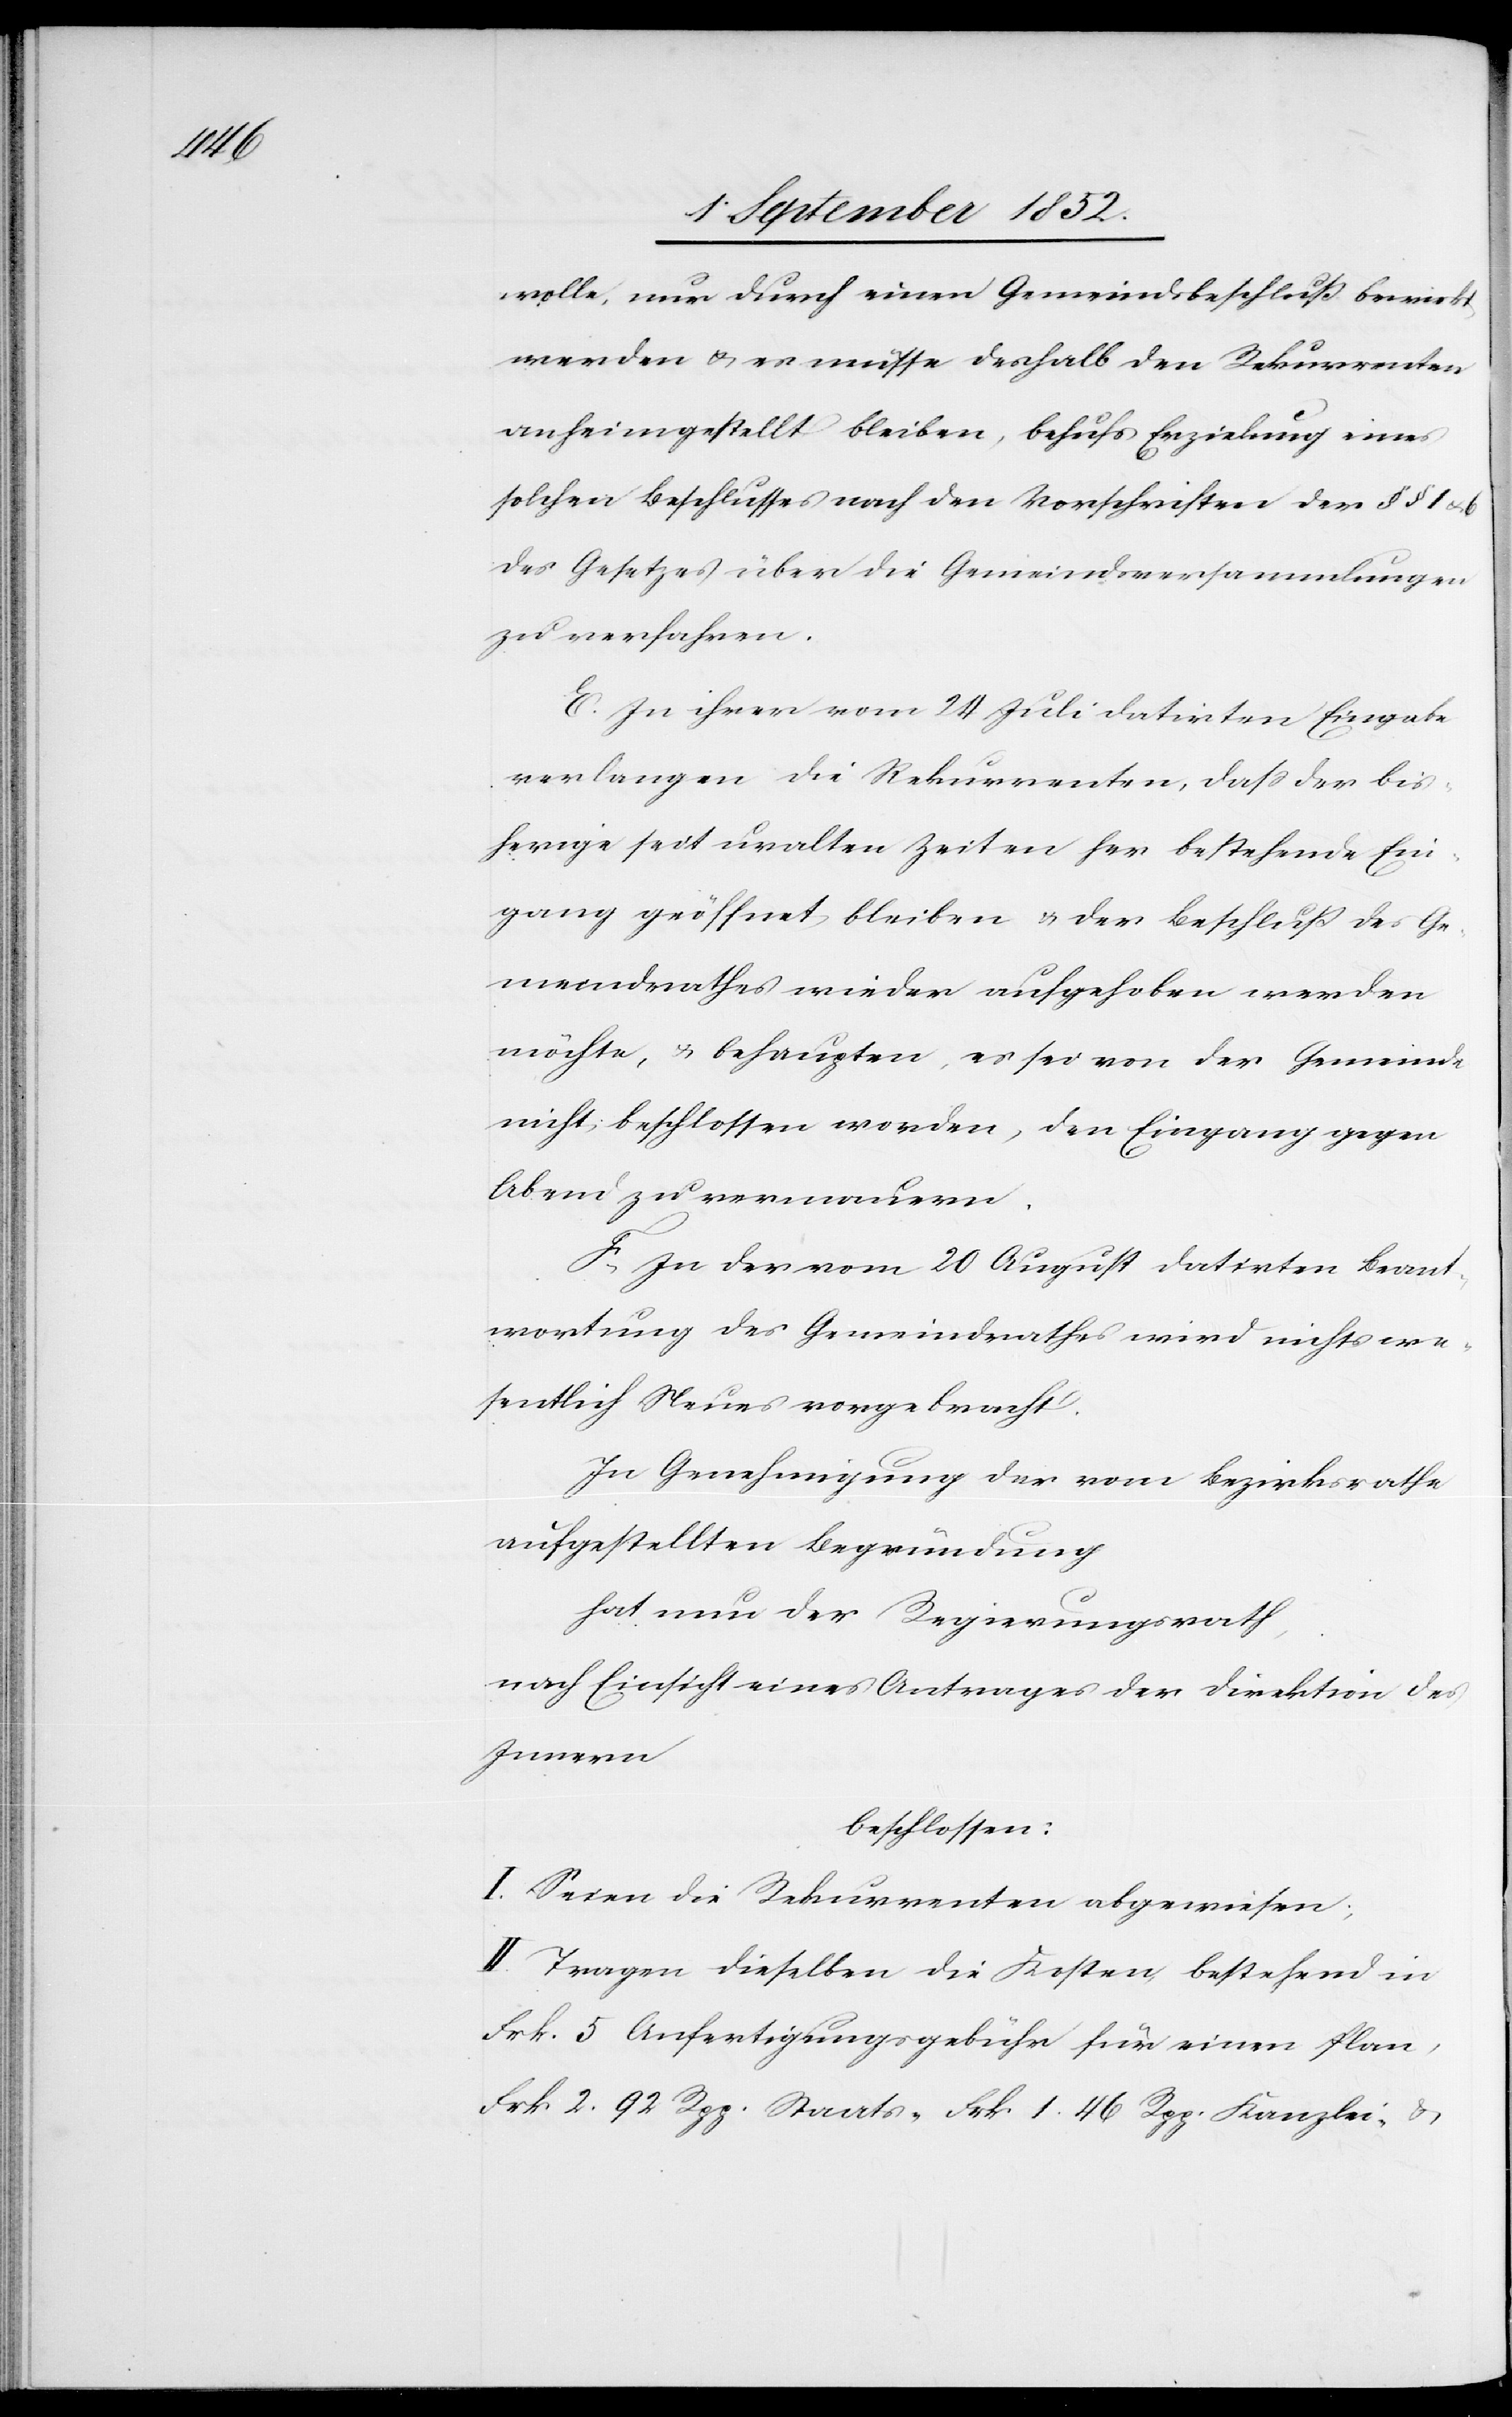
wolle, nur durch einen Gemeindsbeschluß bewirkt
werden & es müsse deshalb den Rekurrenten
anheimgestellt bleiben, behufs Erzielung eines
solchen Beschlusses nach den Vorschriften der § § 1 &
des Gesetzes über die Gemeindsversammlungen
zu verfahren.
E. In ihrer vom 24 Juli datirten Eingabe
verlangen die Rekurrenten, dass der bis¬
herige seit uralten Zeiten her bestehende Ein¬
gang geöffnet bleiben & der Beschluß des Ge¬
meindrathes wieder aufgehoben werden
möchte, & behaupten, es sei von der Gemeinde
nicht beschlossen worden, den Eingang gegen
Abend zu vermauern.
F, In der vom 20 August datirten Beant¬
wortung des Gemeindrathes wird nichts we¬
sentlich Neues vorgebracht.
In Genehmigung der vom Bezirksrathe
aufgestellten Begründung
hat nun der Regierungsrath,
nach Einsicht eines Antrages der Direktion des
Innern
beschlossen:
I. Seien die Rekurrenten abgewiesen;
II. Tragen dieselben die Kosten, bestehend in
Frk. 5 Anfertigungsgebühr für einen Plan,
Frk. 2 92 Rpp. Staats-[,] Frk 1 46 Rpp. Kanzlei- &